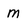
Character: M